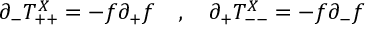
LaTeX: \partial _ { - } T _ { + + } ^ { X } = - f \partial _ { + } f \ \ \ , \ \ \ \partial _ { + } T _ { -- } ^ { X } = - f \partial _ { - } f